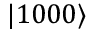
| 1 0 0 0 \rangle